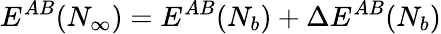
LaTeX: E^{AB}(N_{\infty})=E^{AB}(N_{b})+\Delta E^{AB}(N_{b})